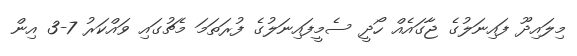
މިލައިދޫ ފައިނަލުގެ ޖާގައެއް ހޯދީ ސެމީފައިނަލުގެ ފުރަތަމަ މެޗުގައި ވައްކަރު 7-3 އިން